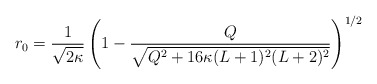
\begin{align*} r_0 = \frac{1}{\sqrt{2\kappa}} \left(1 - \frac{Q}{\sqrt{Q^2 + 16\kappa (L+1)^2 (L+2)^2}}\right)^{1/2}\end{align*}